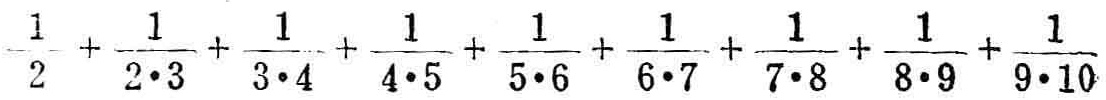
$\frac{1}{2}+\frac{1}{2\cdot3}+\frac{1}{3\cdot4}+\frac{1}{4\cdot5}+\frac{1}{5\cdot6}+\frac{1}{6\cdot7}+\frac{1}{7\cdot8}+\frac{1}{8\cdot9}+\frac{1}{9\cdot10}$